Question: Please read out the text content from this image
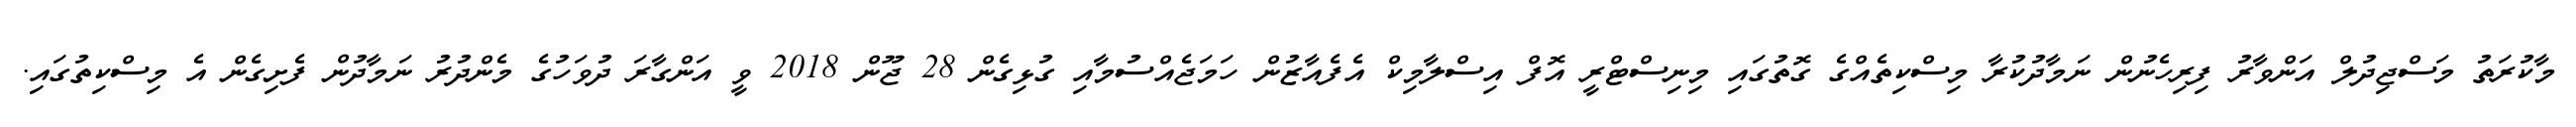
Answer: މާކުރަތު މަސްޖިދުލް އަންވާރު ފިރިހެނުން ނަމާދުކުރާ މިސްކިތެއްގެ ގޮތުގައި މިނިސްޓްރީ އޮފް އިސްލާމިކް އެފެއާޒުން ހަމަޖެއްސުމާއި ގުޅިގެން 28 ޖޫން 2018 ވީ އަންގާރަ ދުވަހުގެ މެންދުރު ނަމާދުން ފެށިގެން އެ މިސްކިތުގައި.